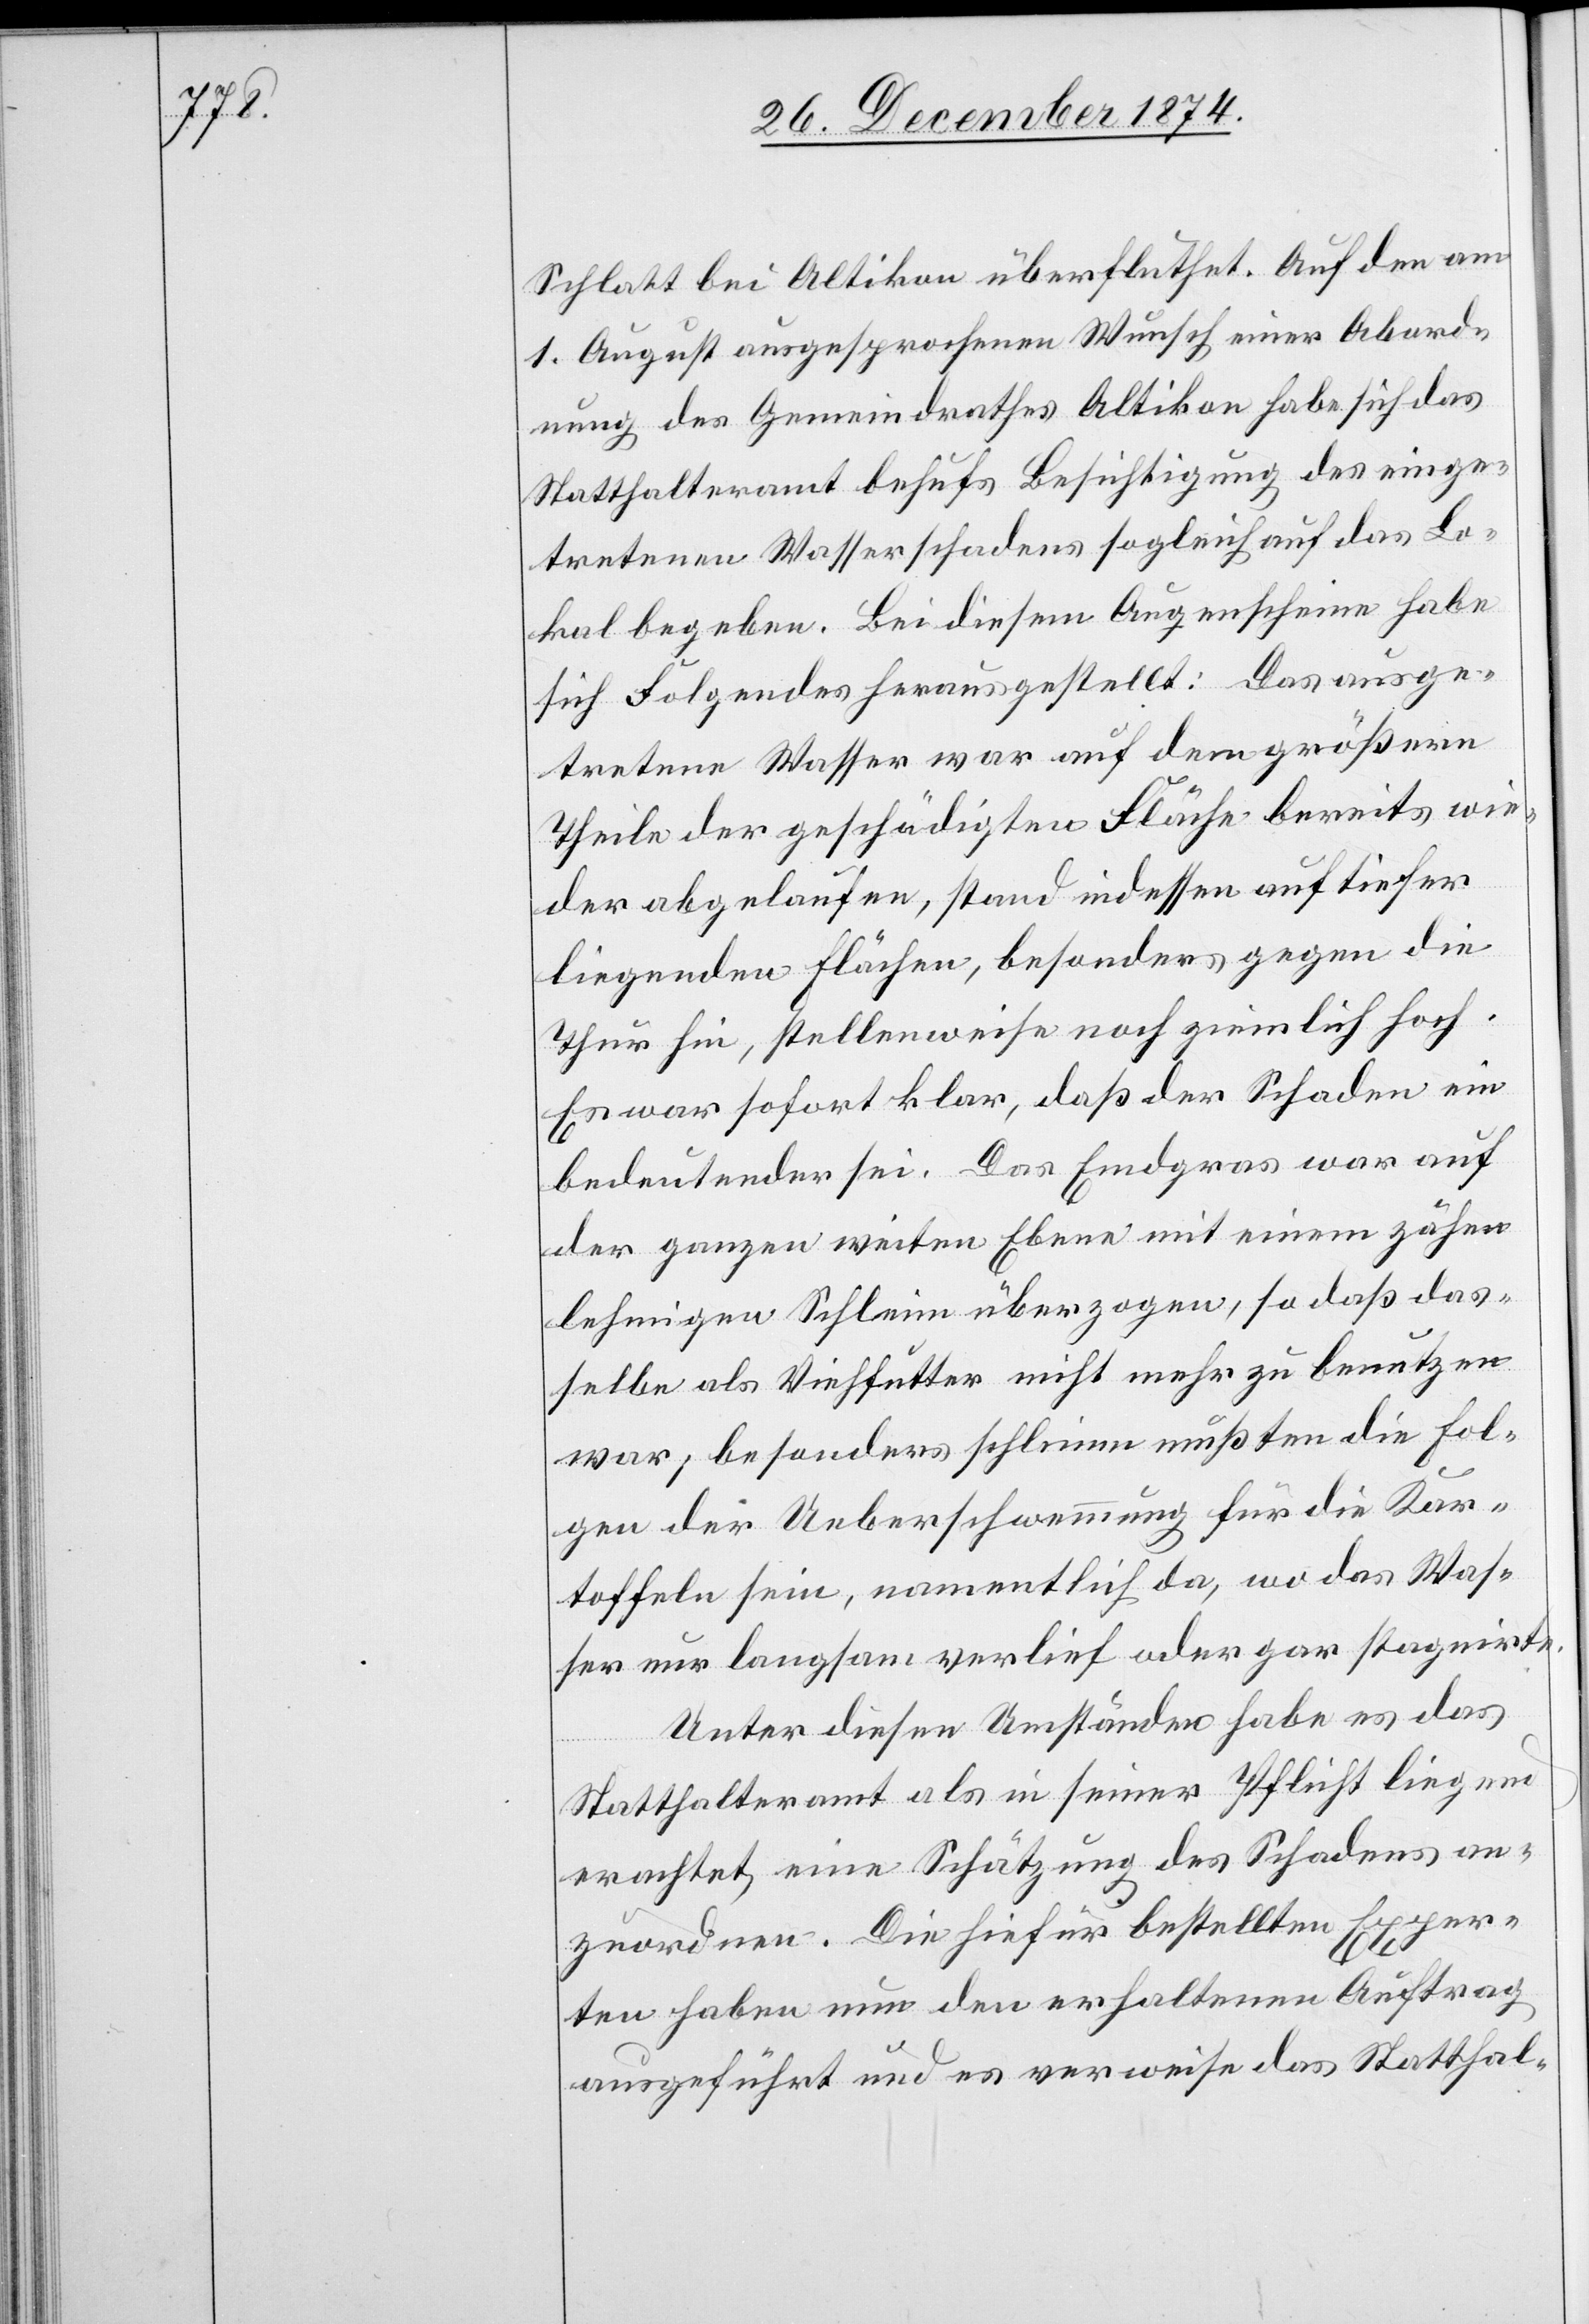
Schlatt bei Altikon überfluthet. Auf den am
1. August ausgesprochenen Wunsch einer Abord¬
nung des Gemeindrathes Altikon habe sich das
Statthalteramt behufs Besichtigung des einge¬
tretenen Wasserschadens sogleich auf das Lo¬
kal begeben. Bei diesem Augenschein habe
sich Folgendes herausgestellt: Das ausge¬
tretene Wasser war auf dem größern
Theile der geschädigten Fläche bereits wie¬
der abgelaufen, stand indessen auf tiefer
liegenden Flächen, besonders gegen die
Thur hin, stellenweise noch ziemlich hoch.
Es war sofort klar, daß der Schaden ein
bedeutender sei. Das Emdgras war auf
der ganzen weiten Ebene mit einem zähen
lehmigen Schleim überzogen, so daß das¬
selbe als Viehfutter nicht mehr zu benutzen
war; besonders schlimm mußten die Fol¬
gen der Ueberschwemmung für die Kar¬
toffeln sein, namentlich da, wo das Was¬
ser nur langsam verlief oder gar stagnirte.
Unter diesen Umständen habe es das
Statthalteramt als in seiner Pflicht liegend
erachtet, eine Schätzung des Schadens an¬
zuordnen. Die hiefür bestellten Exper¬
ten haben nun den erhaltenen Auftrag
ausgeführt und es verweise das Statthal-